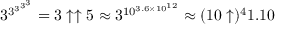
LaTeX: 3 ^ { 3 ^ { 3 ^ { 3 ^ { 3 } } } } = 3 \uparrow \uparrow 5 \approx 3 ^ { 1 0 ^ { 3 . 6 \times 1 0 ^ { 1 2 } } } \approx ( 1 0 \uparrow ) ^ { 4 } 1 . 1 0